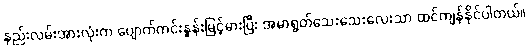
နည်းလမ်းအားလုံးက ပျောက်ကင်းနှုန်းမြင့်မားပြီး အမာရွတ်သေးသေးလေးသာ ထင်ကျန်နိုင်ပါတယ်။